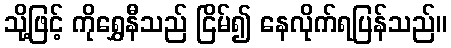
သို့ဖြင့် ကိုရွှေနီသည် ငြိမ်၍ နေလိုက်ရပြန်သည်။